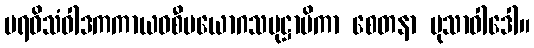
ပရဝိသံဝါဒကကာယဝစီပယောဂသမုဋ္ဌာပိကာ စေတနာ မုသာဝါဒေါ။